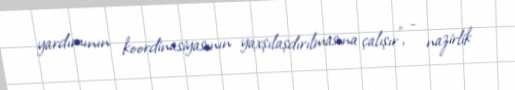
yardımının koordinasiyasının yaxşılaşdırılmasına çalışır”, - nazirlik